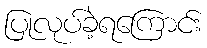
ပြုလုပ်ခဲ့ရကြောင်း